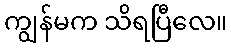
ကျွန်မက သိရပြီလေ။